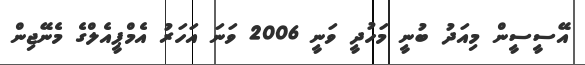
އޭސީސީން މިއަދު ބުނީ މަހުދީ ވަނީ 2006 ވަނަ އަހަރު އެމްޕީއެލްގެ މެނޭޖިން